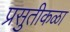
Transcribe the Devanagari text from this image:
प्रसुतीकळा